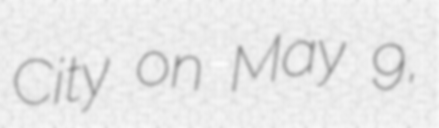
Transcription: City on May 9,